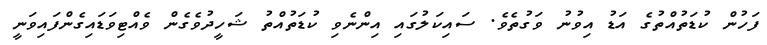
ފަހުން ކުޑަތުއްތުގެ އަޑު އިވުނު ވަގުތެވެ. ސައިކަލުގައި އިންނެވި ކުޑަތުއްތު ޝަހީދުވެގެން ވެއްޓިވަޑައިގެންފައިވަނީ